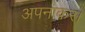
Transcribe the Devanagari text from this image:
अपनाकर।